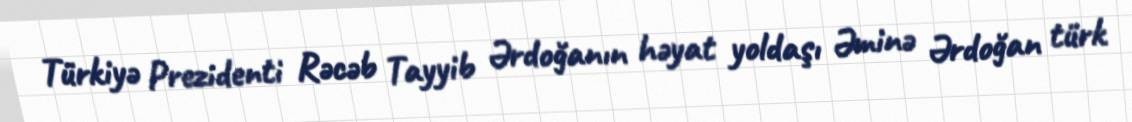
Türkiyə Prezidenti Rəcəb Tayyib Ərdoğanın həyat yoldaşı Əminə Ərdoğan türk